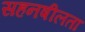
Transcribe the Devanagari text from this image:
सहनषीलता